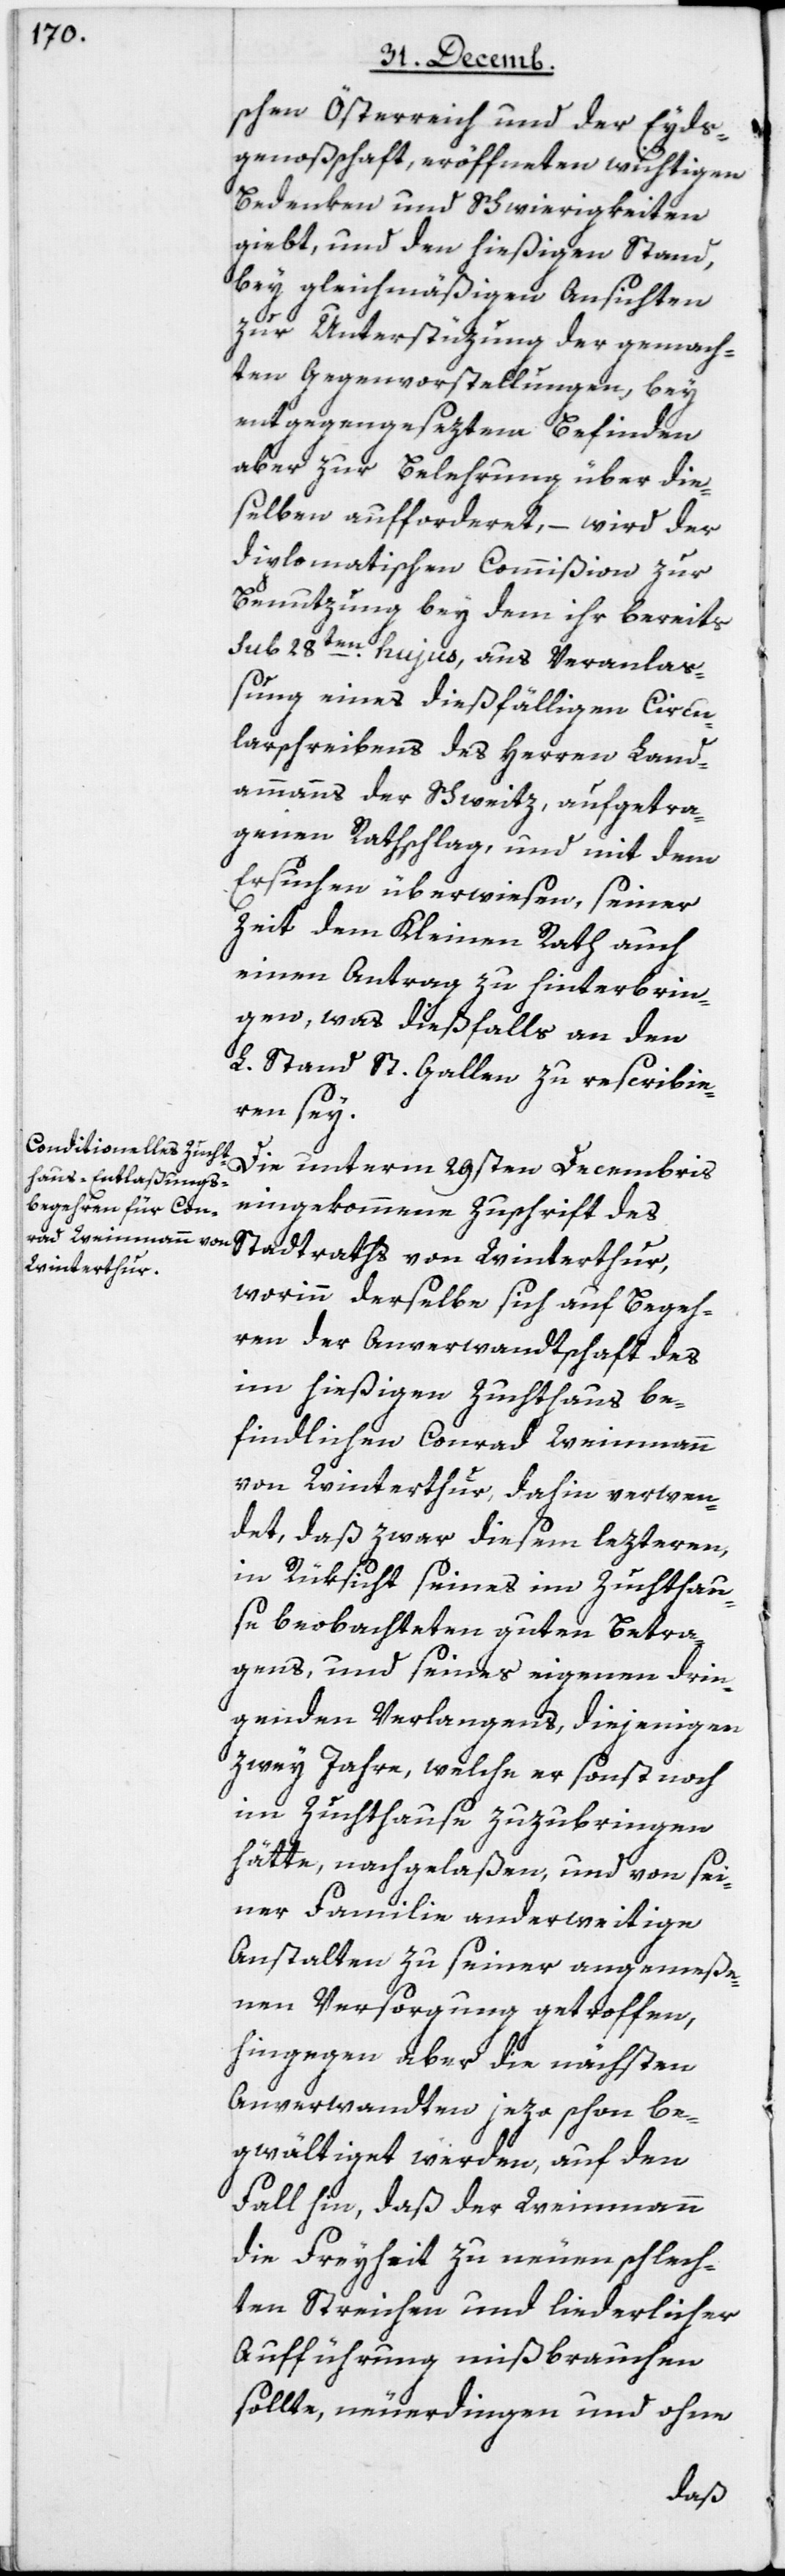
schen Österreich und der Eyds¬
genoßenschaft, eröffneten wichtigen
Bedenken und Schwierigkeiten
giebt, und den hießigen Stand,
bey gleichmäßigen Ansichten
zur Unterstüzung der gemach¬
ten Gegenvorstellungen, bey
entgegengesezten Befinden
aber zur Belehrung über die¬
selben aufforderet, – wird der
diplomatischen Commißion zur
Benutzung bey dem ihr bereits
Sub 28ten hujus, aus Veranla¬
ßung eines dießfälligen Circu¬
larschreibens des Herren Land¬
ammanns der Schweitz, aufgetra¬
genen Rathschlag, und mit dem
Ersuchen überwiesen, seiner
Zeit dem Kleinen Rath auch
einen Antrag zu hinterbrin¬
gen, was dießfalls an den
L. Stand St. Gallen zu rescribie¬
ren sey.
Die unterm 29sten Decembris
eingekommene Zuschrift des
Stadtraths von Winterthur,
worinn derselbe sich auf Begeh¬
ren der Anverwandtschaft des
im hießigen Zuchthaus be¬
findlichen Conrad Weinmann
von Winterthur, dahin verwen¬
det, daß zwar diesem lezteren,
in Rüksicht seines im Zuchthau¬
se beobachteten guten Betra¬
gens, und seines eigenen drin¬
genden Verlangens, diejenigen
zwey Jahre, welche er sonst noch
im Zuchthaus zuzubringen
hätte, nachgelaßen, und von sei¬
ner Familie anderweitige
Anstalten zu seiner angemeße¬
nen Versorgung getroffen,
hingegen aber die nächsten
Anverwandten jezo schon be¬
gwältiget werden, auf den
Fall hin, daß der Weinmann
die Freyheit zu neuen schlech¬
ten Streichen und liederlicher
Aufführung mißbrauchen
sollte, neuerdingen und ohne